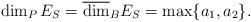
\begin{align*}\dim_PE_S=\overline{\dim}_BE_S=\max\{a_1, a_2\}.\end{align*}